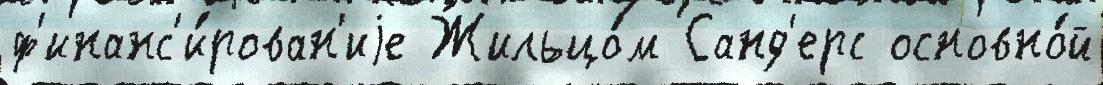
ф'инанс'и́рован'иjе Жильцо́м Санд'ерс основно́й